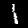
Digit: 1